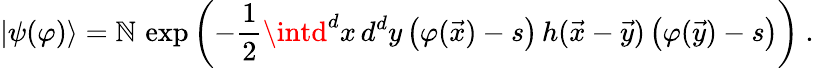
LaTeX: |\psi(\varphi)\rangle={\cal\mathbb{N}}\, \exp\left(-{\frac{{1}}{{2}}}\intd^{d}x\, d^{d}y\, \big(\varphi({\vec{{x}}})-s\big)\, h({\vec{{x}}}-{\vec{{y}}})\, \big(\varphi({\vec{{y}}})-s\big)\right)~.